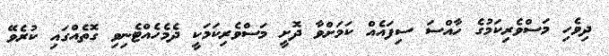
ދިވެހި މަސްވެރިކަމުގެ ހާއްސަ ސިފައެއް ކަމަށްވާ ދޮށީ މަސްވެރިކަމަކީ ދެމެހެެއްޓެނިވި ގޮތެއްގައި ކުރެވޭ